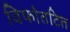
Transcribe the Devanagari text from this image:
विफोतटित